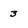
Character: 3